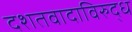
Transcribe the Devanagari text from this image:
दशतवादाविरुद्ध